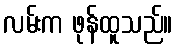
လမ်းက ဖုန်ထူသည်။